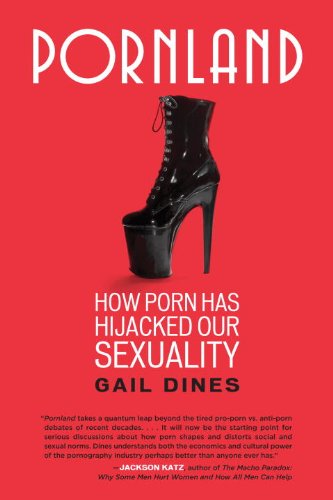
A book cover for Pornland: How Porn Has Hijacked Our Sexuality; Gail Dines; Politics & Social Sciences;